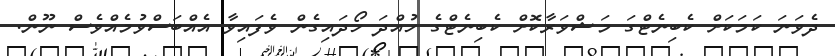
ދެވަނަ ކަމަކަށް ކެބިނެޓްގަ މަޝްވަރާކޮށް ކެބިނެޓްގެ ހުއްދަ ހޯދައިގެން ވެފައިވާ އެއްބަސްވުމެއްވެސް ނޫން.